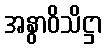
အနွာဝိသိဋ္ဌာ